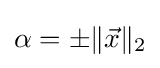
\alpha =\pm \|{\vec {x}}\|_{2}